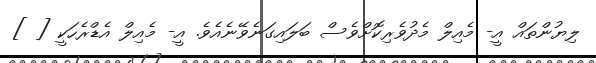
ލިޔުންތައް އީ- މެއިލް މެދުވެރިކޮށްވެސް ބަލައިގަނެވޭނެއެވެ. އީ- މެއިލް އެޑްރެހަކީ [ ]